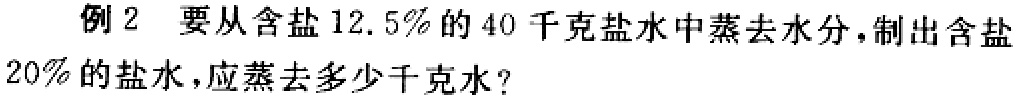
例 2 要从含盐 \(12.5\%\) 的 \(40\) 千克盐水中蒸去水分，制出含盐 \(20\%\) 的盐水，应蒸去多少千克水？